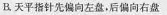
B.天平指针先偏向左盘，后偏向右盘